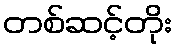
တစ်ဆင့်တိုး